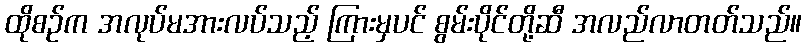
ထိုစဉ်က အလုပ်မအားလပ်သည့် ကြားမှပင် စွမ်းပိုင်တို့ဆီ အလည်လာတတ်သည်။